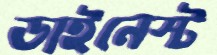
ডাইনেস্ট